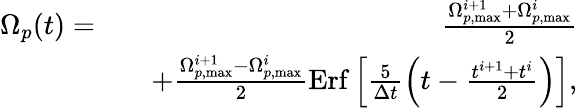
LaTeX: \begin{array}{rlr}{\Omega_{p}(t)=}&{}&{\frac{\Omega_{p,\mathrm{max}}^{i+1}+\Omega_{p,\mathrm{max}}^{i}}{2}}\\ &{}&{+\frac{\Omega_{p,\mathrm{max}}^{i+1}-\Omega_{p,\mathrm{max}}^{i}}{2}\mathrm{Erf}\left[\frac{5}{\Delta t}\left(t-\frac{t^{i+1}+t^{i}}{2}\right)\right],}\end{array}